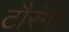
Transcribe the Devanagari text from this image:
टौरंगा